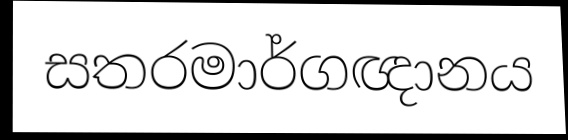
සතරමාර්ගඥානය